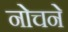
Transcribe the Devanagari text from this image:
नोचने